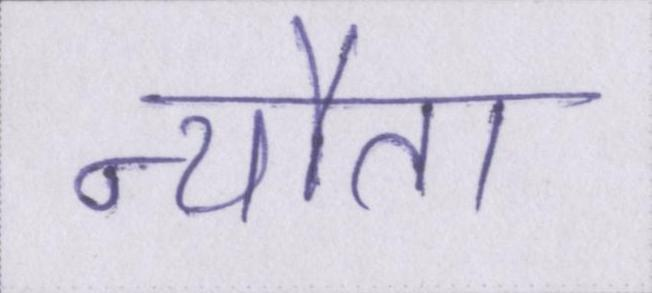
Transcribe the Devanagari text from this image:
न्यौता